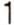
1